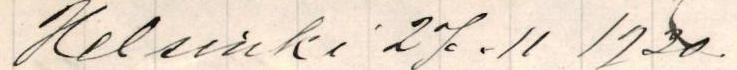
Helsinki 27.11 1930.